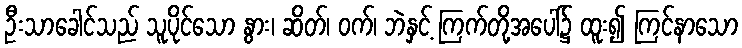
ဦးသာခေါင်သည် သူပိုင်သော နွား၊ ဆိတ်၊ ဝက်၊ ဘဲနှင့် ကြက်တို့အပေါ်၌ ထူး၍ ကြင်နာသော